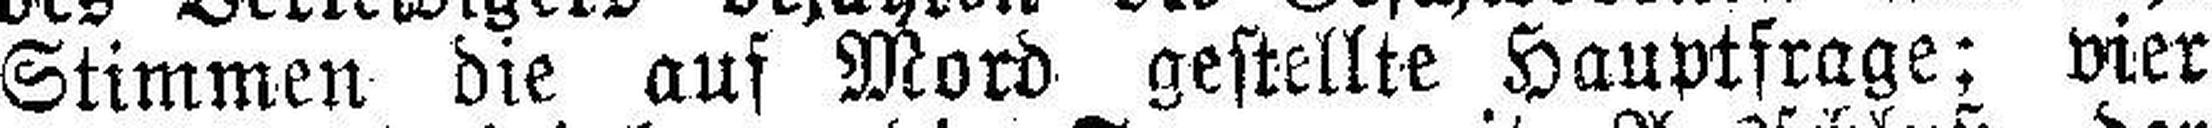
Stimmen die auf Mord gestellte Hauptfrage; vier